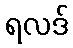
ရလဒ်